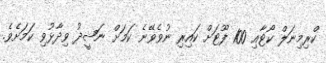
ކްރިމިނަލް ކޯޓާއި 100 ފޫޓަށް ކައިރި ނުވެވޭނެ ކަމަށް ނަޝީދު ވިދާޅުވި ކަމަށެވެ.